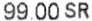
99.00 SR